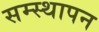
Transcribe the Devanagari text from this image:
सम्स्थापन